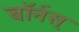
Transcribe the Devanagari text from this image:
बॉर्नस्